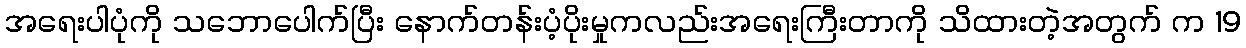
အရေးပါပုံကို သဘောပေါက်ပြီး နောက်တန်းပံ့ပိုးမှုကလည်းအရေးကြီးတာကို သိထားတဲ့အတွက် က 19